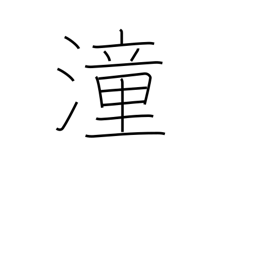
Meaning: high